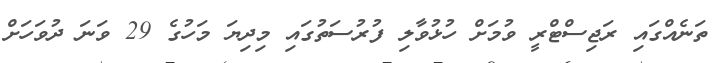
ތަނެއްގައި ރަޖިސްޓްރީ ވުމަށް ހުޅުވާލި ފުރުސަތުގައި މިދިޔަ މަހުގެ 29 ވަނަ ދުވަހަށް